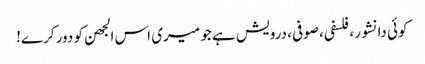
کوئی دانشور، فلسفی، صوفی، درویش ہے جو میری اس الجھن کو دور کرے!